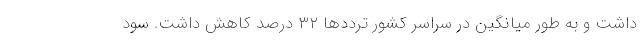
داشت و به طور میانگین در سراسر کشور ترددها ۳۲ درصد کاهش داشت. سود